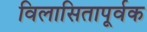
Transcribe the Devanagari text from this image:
विलासितापूर्वक